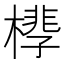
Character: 𪳧